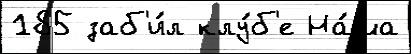
185 заб'и́л клу́б'е На́ша